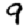
Digit: 9